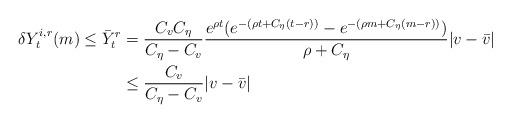
LaTeX: \begin{align*}\delta Y_t^{i,r}(m)\leq\bar{Y}_t^r&=\frac{C_vC_{\eta}}{C_{\eta}-C_v}\frac{e^{\rho t}(e^{-(\rho t+C_{\eta} (t-r))}-e^{-(\rho m+C_{\eta}(m-r))})}{\rho+C_{\eta}}|v-\bar{v}|\\&\leq\frac{C_v}{C_{\eta}-C_v}|v-\bar{v}|\end{align*}